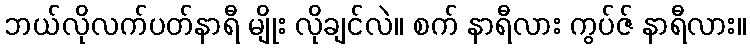
ဘယ်လိုလက်ပတ်နာရီ မျိုး လိုချင်လဲ။ စက် နာရီလား ကွပ်ဇ် နာရီလား။